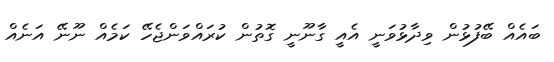
ބައެއް ބޭފުޅުން ވިދާޅުވަނީ އެއީ ގާނޫނީ ގޮތުން ކުރައްވަންޖެހޭ ކަމެއް ނޫނޭ އަނެއް